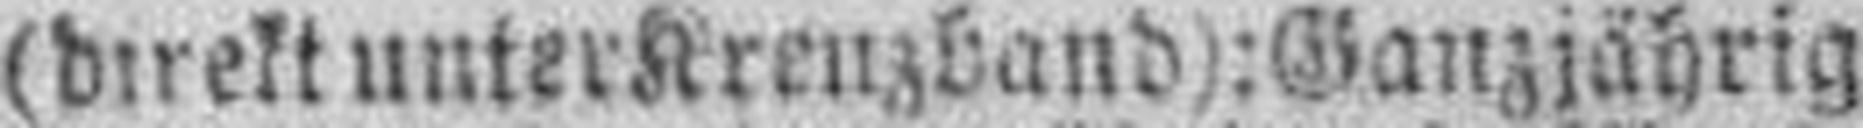
(direkt unter Kreuzband): Ganzjährig